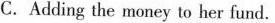
C.Addirg the money to her fund.